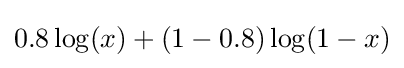
0.8\log(x)+(1-0.8)\log(1-x)